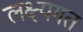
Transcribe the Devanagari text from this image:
लक्ष्यगत